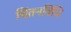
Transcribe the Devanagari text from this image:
चिंतनविधि